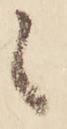
候